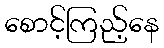
စောင့်ကြည့်နေ